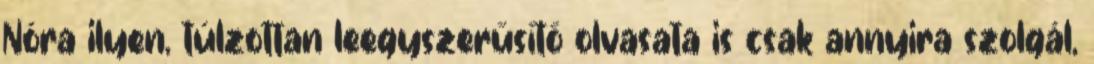
Nóra ilyen, túlzottan leegyszerűsítő olvasata is csak annyira szolgál,